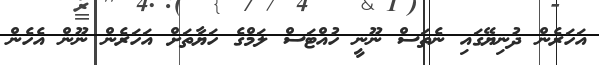
އަހަރެން ދުނިޔޭގައި ނެތަސް ނޫނީ ހުއްޓަސް ލަމްގެ ހަޔާތަށް އަހަރެން ނޫން އެހެން